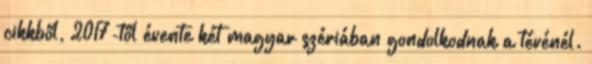
cikkből, 2017-től évente két magyar szériában gondolkodnak a tévénél.